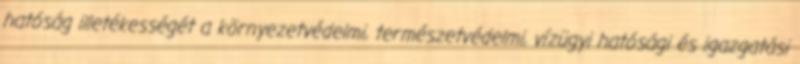
hatóság illetékességét a környezetvédelmi, természetvédelmi, vízügyi hatósági és igazgatási